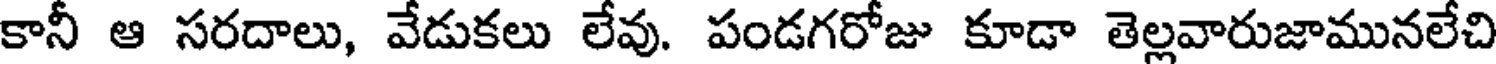
కానీ ఆ సరదాలు, వేడుకలు లేవు. పండగరోజు కూడా తెల్లవారుజామునలేచి